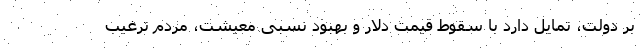
بر دولت، تمایل دارد با سقوط قیمت دلار و بهبود نسبی معیشت، مردم ترغیب